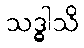
သဒ္ဓါသိ